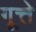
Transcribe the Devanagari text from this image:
गूत्ते